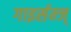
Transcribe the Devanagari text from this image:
गाइर्सम्ज्